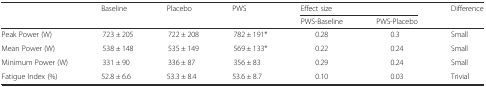
| <ROWSPAN=2>  | <ROWSPAN=2> Baseline | <ROWSPAN=2> Placebo | <ROWSPAN=2> PWS | <COLSPAN=2> Effect size | <ROWSPAN=2> Difference |
 | PWS-Baseline | PWS-Placebo |
 | --- | --- | --- | --- | --- | --- | --- |
 | Peak Power (W) | 723 ± 205 | 722 ± 208 | 782 ± 191* | 0.28 | 0.3 | Small |
 | Mean Power (W) | 538 ± 148 | 535 ± 149 | 569 ± 133* | 0.22 | 0.24 | Small |
 | Minimum Power (W) | 331 ± 90 | 336 ± 87 | 356 ± 83 | 0.29 | 0.24 | Small |
 | Fatigue Index (%) | 52.8 ± 6.6 | 53.3 ± 8.4 | 53.6 ± 8.7 | 0.10 | 0.03 | Trivial |